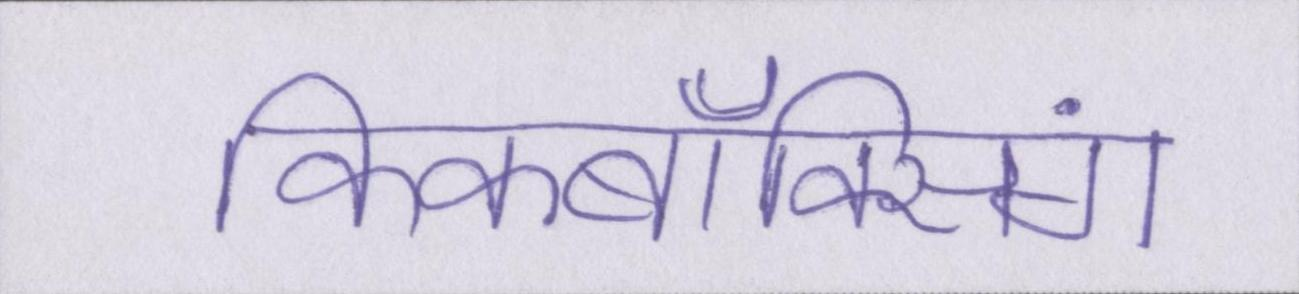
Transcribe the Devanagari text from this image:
किकबॉक्सिंग